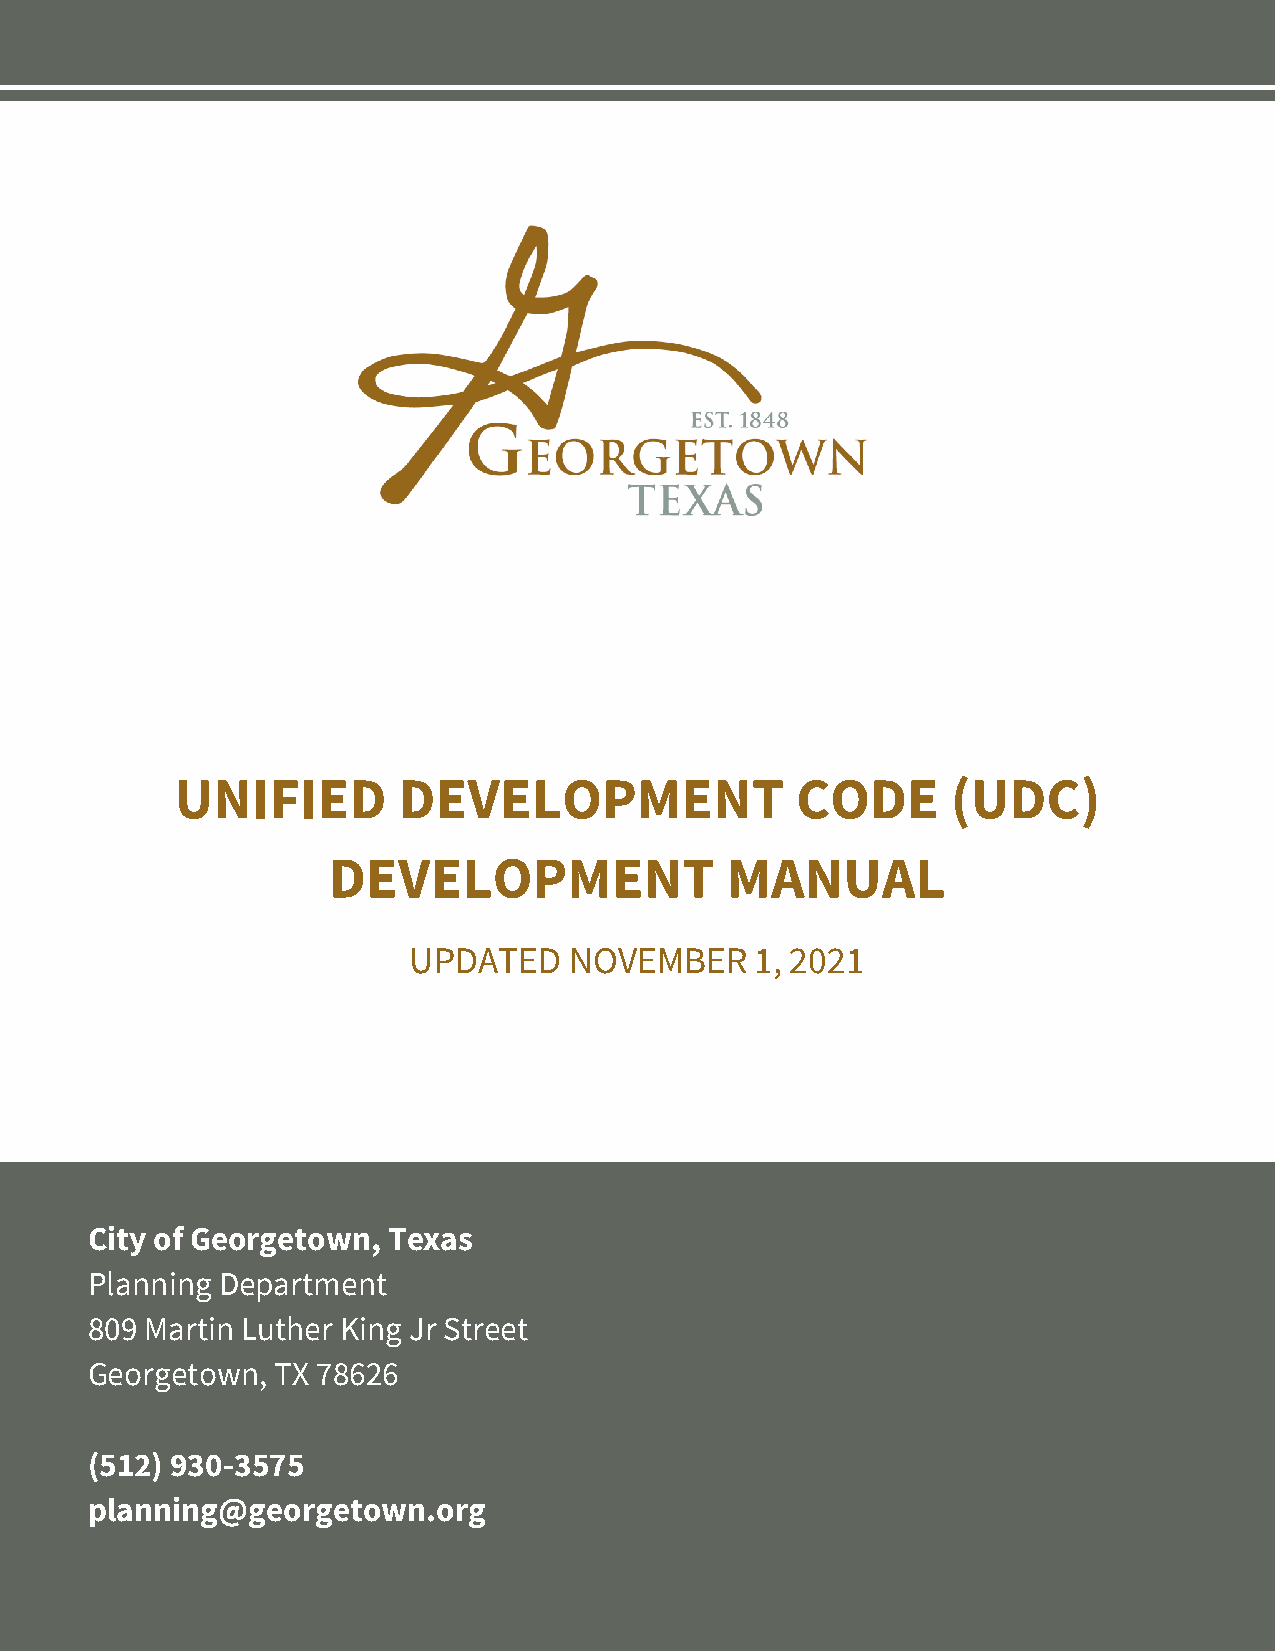
UNIFIED       DEVELOPMENT                CODE      (UDC)
 DEVELOPMENT               MANUAL
 UPDATED    NOVEMBER    1, 2021
 City of Georgetown, Texas
 Planning Department
 809 Martin Luther King Jr Street
 Georgetown, TX 78626
 (512) 930-3575
 planning@georgetown.org